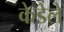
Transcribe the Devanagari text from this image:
केडेले